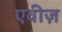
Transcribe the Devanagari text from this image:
एवीज़